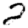
Digit: 2